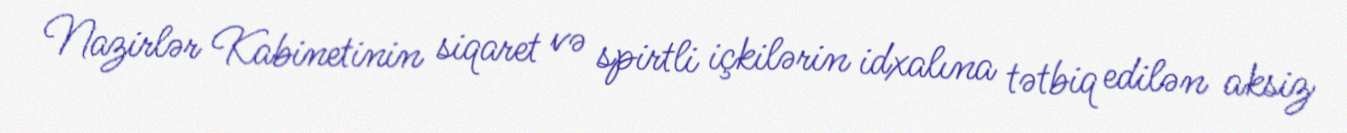
Nazirlər Kabinetinin siqaret və spirtli içkilərin idxalına tətbiq edilən aksiz